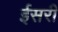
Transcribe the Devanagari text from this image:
ईसरी